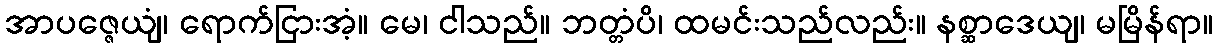
အာပဇ္ဇေယျံ၊ ရောက်ငြားအံ့။ မေ၊ ငါသည်။ ဘတ္တံပိ၊ ထမင်းသည်လည်း။ နစ္ဆာဒေယျ၊ မမြိန်ရာ။